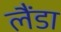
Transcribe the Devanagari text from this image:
लैंडा